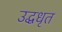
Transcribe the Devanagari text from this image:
उद्धधृत